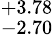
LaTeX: _{-2.70}^{+3.78}